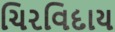
ચિરવિદાય